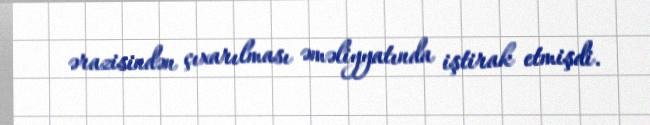
ərazisindən çıxarılması əməliyyatında iştirak etmişdi.